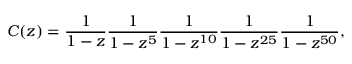
C ( z ) = { \frac { 1 } { 1 - z } } { \frac { 1 } { 1 - z ^ { 5 } } } { \frac { 1 } { 1 - z ^ { 1 0 } } } { \frac { 1 } { 1 - z ^ { 2 5 } } } { \frac { 1 } { 1 - z ^ { 5 0 } } } ,